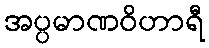
အပ္ပမာဏဝိဟာရီ